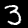
Digit: 3